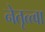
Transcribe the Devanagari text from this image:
नेतृत्त्वा